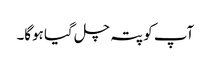
‌ آپ کو پتہ چل گیا ہوگا۔